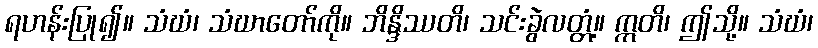
ရဟန်းပြု၍။ သံဃံ၊ သံဃာတော်ကို။ ဘိန္ဒိဿတိ၊ သင်းခွဲလတ္တံ့။ ဣတိ၊ ဤသို့။ သံဃံ၊